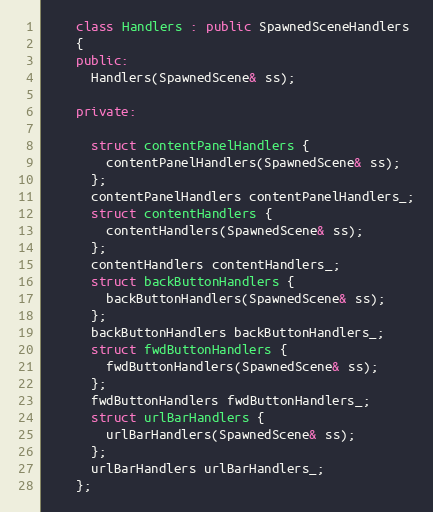
Language: C++
    class Handlers : public SpawnedSceneHandlers
    {
    public:
      Handlers(SpawnedScene& ss);

    private:

      struct contentPanelHandlers {
        contentPanelHandlers(SpawnedScene& ss);
      };
      contentPanelHandlers contentPanelHandlers_;
      struct contentHandlers {
        contentHandlers(SpawnedScene& ss);
      };
      contentHandlers contentHandlers_;
      struct backButtonHandlers {
        backButtonHandlers(SpawnedScene& ss);
      };
      backButtonHandlers backButtonHandlers_;
      struct fwdButtonHandlers {
        fwdButtonHandlers(SpawnedScene& ss);
      };
      fwdButtonHandlers fwdButtonHandlers_;
      struct urlBarHandlers {
        urlBarHandlers(SpawnedScene& ss);
      };
      urlBarHandlers urlBarHandlers_;
    };